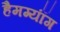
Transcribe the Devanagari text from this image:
हैमग्यॉंग